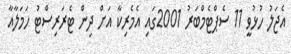
އެޖަލު ހުޅުވީ 11 ސެޕްޓެމްބަރު 2001ގައި އެމެރިކާ އަށް ދިން ޓެރަރިސްޓު ހަމަލާއާ